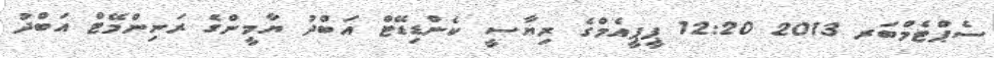
ސެޕްޓެމްބަރ 2013 12:20 ޕީޕީއެމްގެ ރިޔާސީ ކެންޑިޑޭޓް އަބްދު ޔާމީންގެ ރަނިންމޭޓް އަބްދު